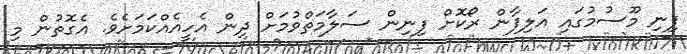
ފިނި މޫސުމުގައި އަލިފާން ރޯކޮށް ފިނިން ސަލާމަތްވުމަށް ދިން އެހީއެއްކަމަށެވެ. އެގޮތުން މި